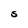
Character: S